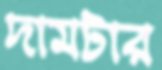
দামটার